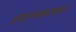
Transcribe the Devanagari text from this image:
द्रव्यारम्भकत्वम्।।